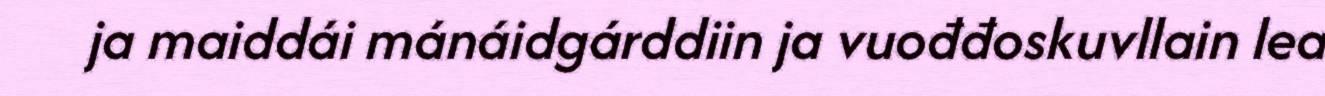
ja maiddái mánáidgárddiin ja vuođđoskuvllain lea